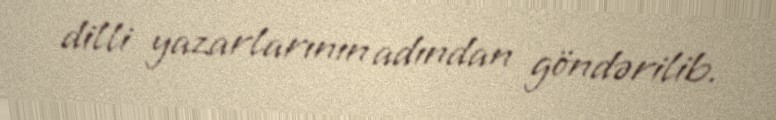
dilli yazarlarının adından göndərilib.